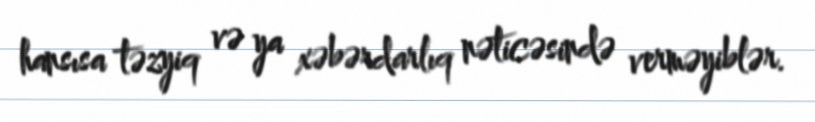
hansısa təzyiq və ya xəbərdarlıq nəticəsində verməyiblər.